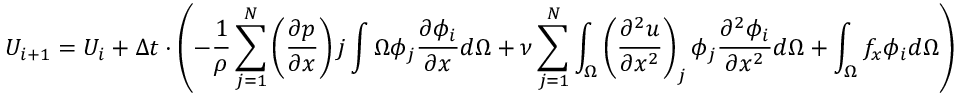
U _ { i + 1 } = U _ { i } + \Delta t \cdot \left( - { \frac { 1 } { \rho } } \sum _ { j = 1 } ^ { N } \left( { \frac { \partial p } { \partial x } } \right) j \int { \Omega } \phi _ { j } { \frac { \partial \phi _ { i } } { \partial x } } d \Omega + \nu \sum _ { j = 1 } ^ { N } \int _ { \Omega } \left( { \frac { \partial ^ { 2 } u } { \partial x ^ { 2 } } } \right) _ { j } \phi _ { j } { \frac { \partial ^ { 2 } \phi _ { i } } { \partial x ^ { 2 } } } d \Omega + \int _ { \Omega } f _ { x } \phi _ { i } d \Omega \right)